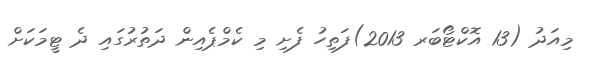
މިއަދު (13 އޮކްޓޯބަރ 2013)ފަތިހު ފެށި މި ކެމްޕެއިން ދަތުރުގައި ދެ ޓީމަކަށް